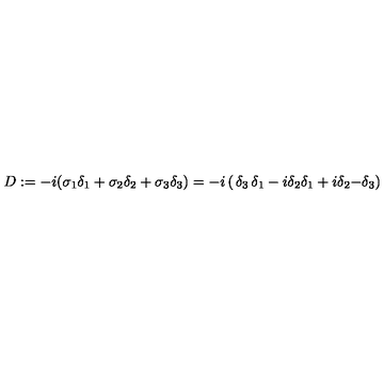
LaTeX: D : = - i ( \sigma _ { 1 } \delta _ { 1 } + \sigma _ { 2 } \delta _ { 2 } + \sigma _ { 3 } \delta _ { 3 } ) = - i \left( \begin{matrix} { \delta _ { 3 } } & { \delta _ { 1 } - i \delta _ { 2 } } \\ { \delta _ { 1 } + i \delta _ { 2 } } & { - \delta _ { 3 } } \\ \end{matrix} \right)